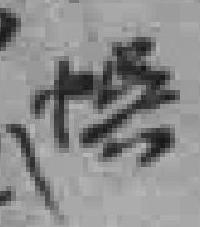
愕